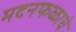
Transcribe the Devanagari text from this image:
मदनफळाचे